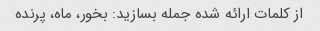
از کلمات ارائه شده جمله بسازید: بخور، ماه، پرنده